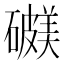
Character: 𥖺